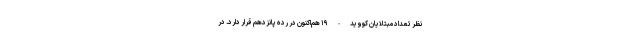
نظر تعداد مبتلایان کووید-۱۹ هم‌اکنون در رده پانزدهم قرار دارد. در